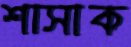
শাসাক